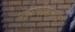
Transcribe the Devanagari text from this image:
पहाणीकरुन